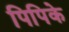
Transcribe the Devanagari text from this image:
पिपिके